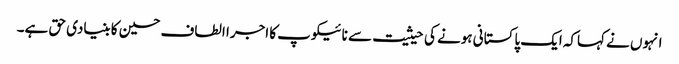
انہوں نے کہاکہ ایک پاکستانی ہونے کی حیثیت سے نائیکوپ کا اجرا الطاف حسین کا بنیادی حق ہے۔